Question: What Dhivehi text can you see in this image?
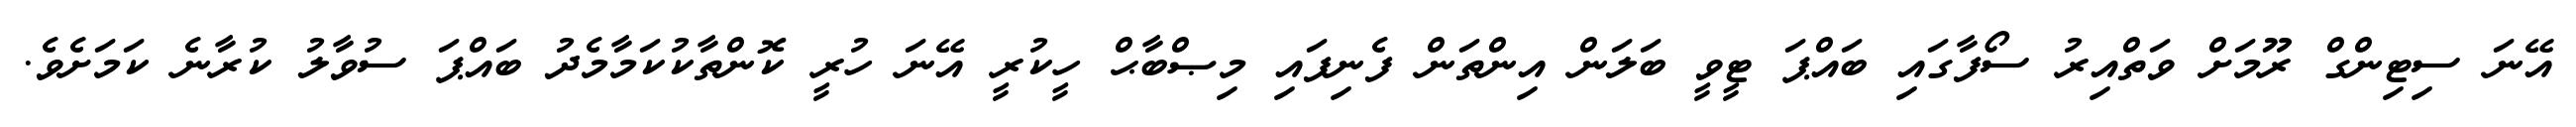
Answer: އޭނަ ސިޓިންގް ރޫމަށް ވަތްއިރު ސޯފާގައި ބައްޕަ ޓީވީ ބަލަން އިންތަން ފެނިފައި މިޞްބާޙް ހީކުރީ އޭނަ ހުރީ ކޮންތާކުކަމާމެދު ބައްޕަ ސުވާލު ކުރާނެ ކަމަށެވެ.